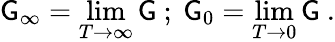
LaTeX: \mathsf{G}_{\infty}=\operatorname*{lim}_{T\to\infty}\mathsf{G}\ ;\ \mathsf{G}_{0}=\operatorname*{lim}_{T\to0}\mathsf{G}\ .